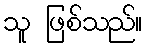
သူ ဖြစ်သည်။